Vital statistics of India. Vol. V, Reports of 1876 on armies & jails and on epidemic cholera
Year: 1876
Disease focus: Cholera
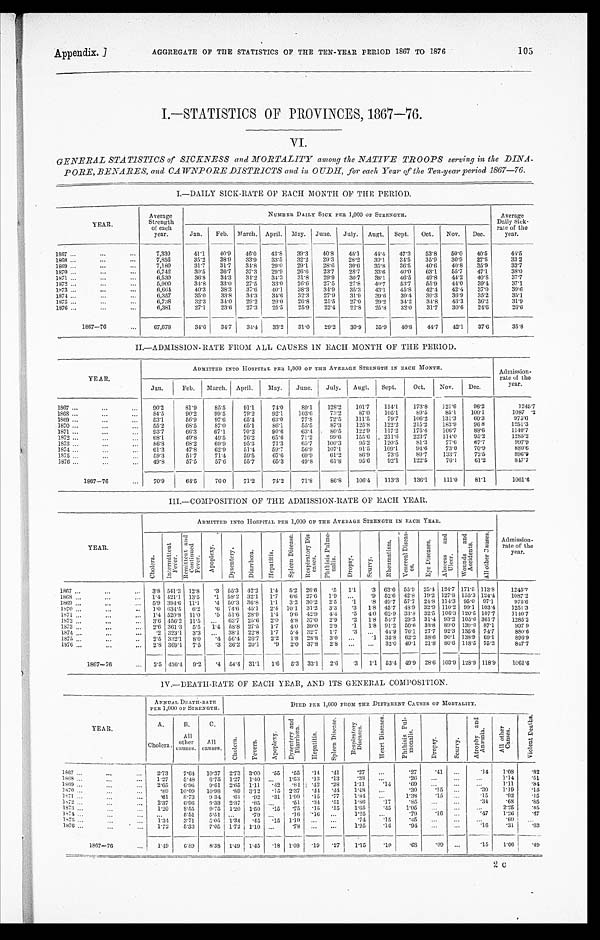
Appendix.]
AGGREGATE OF THE STATISTICS OF THE TEN-YEAR PERIOD 1867 TO 1876
105
VI.
GENERAL STATISTICS of SICKNESS and MORTALITY among the NATIVE TROOPS serving in the DIN A-
PORE, BENARES, and CAWNPORE DISTRICTS and in OUDH, for each Year of the Ten-year period 1867—76.
I.—DAILY SICK-RATE OF EACH MONTH OF THE PERIOD.
YEAR.
Average
Strength
of each
year.
NUMBER DAILY SICK PER 1,000 OF STRENGTH.
Average
Daily Sick
-rate of the
year.
Jan.
Feb. March. April. May. June.
July. Augt. Sept.
Oct.
Nov.
Dec.
1867 . . .
7,330
41.1
40.9
46.0
43.8
39.3
40.8
45.1
44.4
47.3
53.8
50.0
40.5
44.5
1868 . . .
7, 856
35.2
38.9
33.9
33.5
32.2
29.3
28.2
30.1
34.5
35.9
30.9
37.8
33.2
1869 . . .
7,180
31.7
31.7
34.8
29.0
29.71
28.6
30.6
35.8
36.5
40.6
40.8
35.9
33.7
1870 . . .
6 , 7 4 2
30.5
36.7
37.3
29.9
26.6
23.7
28.7
33.6
40.0
63.1
55.7
47.1
3 8 . 0
1871 . . .
6, 530
36.8
34.3
34.2
34.3
31.8
29.9
30.7
38.1
46.5
49.8
44.2
40.8
37.7
1872 . . .
5,900
34.8
33.0
27.5
33.0
20.6
27.5
27.8
40.7
53.7
55.9
41.0
39.4
37.1
1873 . . .
6, 664
40.3
38.3
37.6
40.1
38.3
34.9
35.3
43.1
45.8
42.4
42.4
37.0
3 9 . 6
1874 . . .
6,357
35.0
33.8
34.3
34.6
32.3
27.9
31.9
39.6
39.4
39.3
36.9
35.2
35.1
1875 . . .
6,738
32.3
34.0
29.2
29.0
26.8
25.5
27.0
29.2
34.2
34.8
43.3
36.2
31.9
1876 . . .
6,381
27.1
23.6
27.3
25.5
25.9
22.4
22.8
25.8
32.0
31.7
30.6
24.6
2 6 . 6
1867—76 . . .
67,678
34.6
34.7
34.4
33.2
31.0
29.2
30.9
35.9
40.8
44.7
42.1
37.6
35.8
II.—ADMISSION-RATE FROM ALL CAUSES IN EACH MONTH OF THE PERIOD.
Y E A R .
ADMITTED INTO HOSPITAL PER 1,000 OF THE AVERAGE STRENGTH IN EACH MONTH.
Admission
-rate of the
year.
Jan.
Feb. March. April.
May.
J u n e .
July.
Augt.
Sept.
Oct.
Nov.
Dec.
1 8 6 7 . . .
90. 2
81.9
85.5
91.1
74.0
89.1
128.2
101.7
114.1
173.8
121.6
96.2
1245.7
1087.2
1868 . . .
84.5
90.2
99.5
79.2
92.1
103.6
73.2
87.0
105.1
89.5
85.1
100.1
1869 . . .
53.1
56.9
97.6
65.4
63.0
77.8
72.5
111.5
79.7
106.2
131.3
60. 3
975.6
1251.3
1 8 7 0 . . .
55.2
68.5
87.0
65.1
86.1
55.5
87.3
125.8
122.2
215.2
183.9
96 8
1871 . . .
93.7
66.3
67.1
70.2
90.6
63.4.
80.5
122.9
117.2
175.4
106.7
88.6
1140.7
99.6
155.6
211.6
223.7
114.0
95.2
1285.2
1872 . . .
68.1
49.8
49.5
76.2
65.6
71.2
997.9
1873 . . .
86.8
68.2
69.9
95.3
71.3
65.7
100.3
95.2
120.5
81.3
77.6
67.7
880.6
107.1
91.5
109.1
94.6
73.0
70.9
1 8 7 4
61.3
47.8
62.9
51.4
59.7
56.9
1875 . . .
59.3
51.7
71.4
59.5
67.6
69.9
61.2
86.9
73.6
89.7
133.7
72.5
8 9 6 . 9
847.7
1876 . . .
49.8
57.5
57.6
55.7
65.3
49.5
61.8
95.6
92.1
122.5
76.1
61.2
1807—76 . . .
70.9
64.5
76.0
71.2
74.2
71.8
86.8
106.4
113.3
136.1
111.0
81.1
1061.6
III.—COMPOSITION OF THE ADMISSION-RATE OF EACH YEAR.
YEAR.
ADMITTED INTO HOSPITAL PER 1,000 OF THE AVERAGE STRENGTH IN EACH YEAR.
Admission
-rate of the
year.
C h o l e r a .
I n t e r m i t t e n t F e v e r .
R e m i t t e n t a n d C o n t i n u e d F e v e r .
Apoplexy.Dysentery. D i r r h œ a .
H e p a t i t i s .
S p l e e n D i s e a s e . R e s p i r a t o r y D i s - e a s e s .
P h t h i s i s P u l m o - n a l i s .
D r o p s y .
S c u e v y .
R h e u m a t i s m .
V e n e r e a l D i s e a s - e s .
E y e D i s e a s e s
A b s e e s s a n d U l c e r .
W o u n d s a n d A c c i d e n t s .
A l l o t h e r C a u s e s .
1.1
.3 63.6 55.9 25.4 124.7 171.5 113.8
1245.7
.5
1867 . . .
3.8 541.3 12.8
.3 55.3 42.2
1.4 5.2 26.6
52.6 42.8 19.2 127.8 155.3 124.4
1087.2
.9
1868 . . .
1.4 421.1 13.5
.1 58.2 32.1
1.7
6.6 27.6
1.9
. . .
57.7 24.8 114.3 95.0 97.1
975.6
49.7
1869 . . .
5.9 394.6 11.1
.4 50.3 36.8 1.1 3.2 30.2 2.5
.1
.8
1.8 45.7 48.9 32.9 110.2 99.1 103.4
1251.3
1870 . . .
1.0 634.5 6.2
.6 74.6 45.1
2.4 10.1 31.2 3.3
.3
62.9 33.8 32.5 106.3 120.5 107.7
1140.7
1871 . . .
1.4 520.8 11.0
.5 51.6 28.9
1.4
9.6 42.9 4.4
.5 4.0
54.7 29.3 31.4 93.2 105.6 361.7
1285.2
1872 . . .
3.6 456.2 11.5
. . . 63.7 25.6 2.0 4.8 37.0
2.9
.2 1.8
91.2 50.6 33.8 89.0 139.6 87.1
997 9
1873 . . .
2.6 361.3 5.5
1.4 58.8 27.5 1.7
4.0 39.0
2.9
.1
1.8
76.1 27.7 92.3 135.6 74.7
880.6
44.9
1874 . . .
.2 323.1 3.3
. . . 38.1 22.8 1.7
5.4 32.7
1.7
.3
. . .
.1 35.8 62.2 38.6 90.1 138.9 69.1
896.9
1875 . . .
2.5 332.1 8.0 .4 56.4 26.7 2.2
1.8 28.8
3.0
. . .
32.0 40.1 21.8 80.6 118.5 75.2
847.7
1876 . . .
2.8 369.1 7.5
.3 36.2 20.1
. 9 2.0 37.8 2.8
. . .
. . .
1867.76 . . . 2.5 436.4 9.2 .4 54.4 31.1
1.6
5.3 33.1
2.6
.3
1.1 53.4 49.9 28.6 103.9 128.9 118.9
1061.6
IV.—DEATH-RATE OF EACH YEAR, AND ITS GENERAL COMPOSITION.
YEAR.
ANNUAL DEATH-RATE
PER 1,000 OF STRENGTH.
DIED PER 1,000 FROM THE DIFFERENT CAUSES OF MORTALITY.
A.
B.
C.
Chol er a.
Fevers.
Apopl exy.
D y s e n t r y a n d D i a r r h œ a .
He p a t i t i s .
S p l e e n D i s e a s e .
Re s p i r a t o r y Di s e a s e s .
H e a r t D i s e a s e s .
P h t h i s i s P u l - m o n a l i s .
Dr ops y.
S c u e v y .
At r o p h y a n d An æmi a .
A l l o t h e r C a u s e s .
Vi o l e n t De a t h s .
Cholera. All other
causes.
All
causes.
1867 . . .
2.73
7.64
10.37 2.73 3.00 .55 .55 .14 .41
.27
. . .
27
. 4 1
. . . .14
1.08
.82
1868 . . .
1.27
5.48
6.75 1.27 1.40 . . . 1.53
.13
13
.38
. . .
.26
. . .
. . .
. . . 1.14
.51
1869 . . .
2.65
6.96
9.61 2.65
1 . 1 1 .42 .84 .42 .28
1.11
. 1 4
.69
. . .
. . .
. . .
1.11
. 8 4
1870 . . .
.89
10.09
10.98
.89 3.12 .15 2.37 .44
. 4 4
1.48
. . .
.30
.15
. . .
. 3 0
1.19
. 1 5
1871 . . .
.61
8.73
9 34
..61 .92 .31 1.99 .15 .77
1.84
. . .
1.38
.15
. . .
.15
.92
.15
1872 . . .
2.37
6.96
9.33 2.37 .85 . . .
.51 .34 .51
1.86
.17
.85
. . .
. . .
.34
.68
.85
1873 . . .
1.20
8.55
9.75 1.20 1.50 .15 .75 .15 .15
1.65
.45
1.05
. . .
. . .
. . .
2.25
.45
1874 . . .
. . . 5.51
5.51
. . .
.79 . . .
. 1 6 .16
. . .
1.25
. . .
.79
.16
. . .
.47
1.26
.47
1875 . . .
1.34
3.71
5 . 0 5 1.34 .45 .15 1.19
. . .
. . .
.74
.15
.15
. . .
. . .
. . .
.60
. . .
1876 . . .
1.72
5.33
7.05 1.72 1.10 . . .
.78
. . .
. . .
1.25
.16
. 9 4
. . .
. . .
.16
. 3 1 .63
1867—76 . . .
1.49
6.89
8.38 1.49 1.45 .18 1.08 .19 .27
1.15
. 1 0
. 6 8
.09
. . .
.15
1.06 .49
2 C